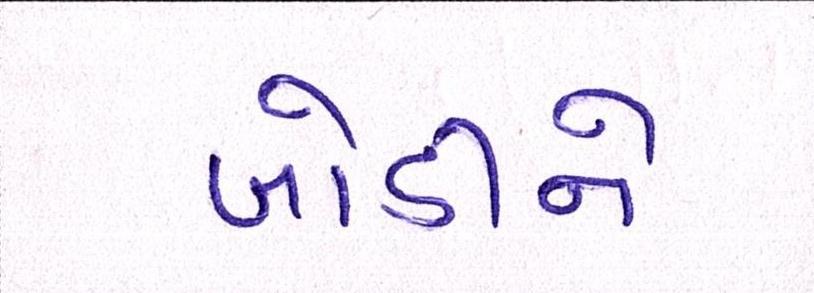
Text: બોડીને